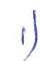
1)